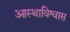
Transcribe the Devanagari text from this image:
आस्थाविश्वास